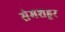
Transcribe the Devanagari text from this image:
सेमशहूर